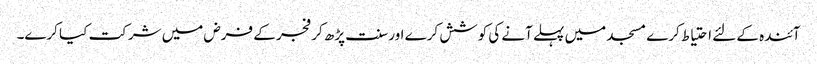
آئندہ کے لئے احتیاط کرے مسجد میں پہلے آنے کی کوشش کرے اور سنت پڑھ کر فجر کے فرض میں شرکت کیا کرے۔